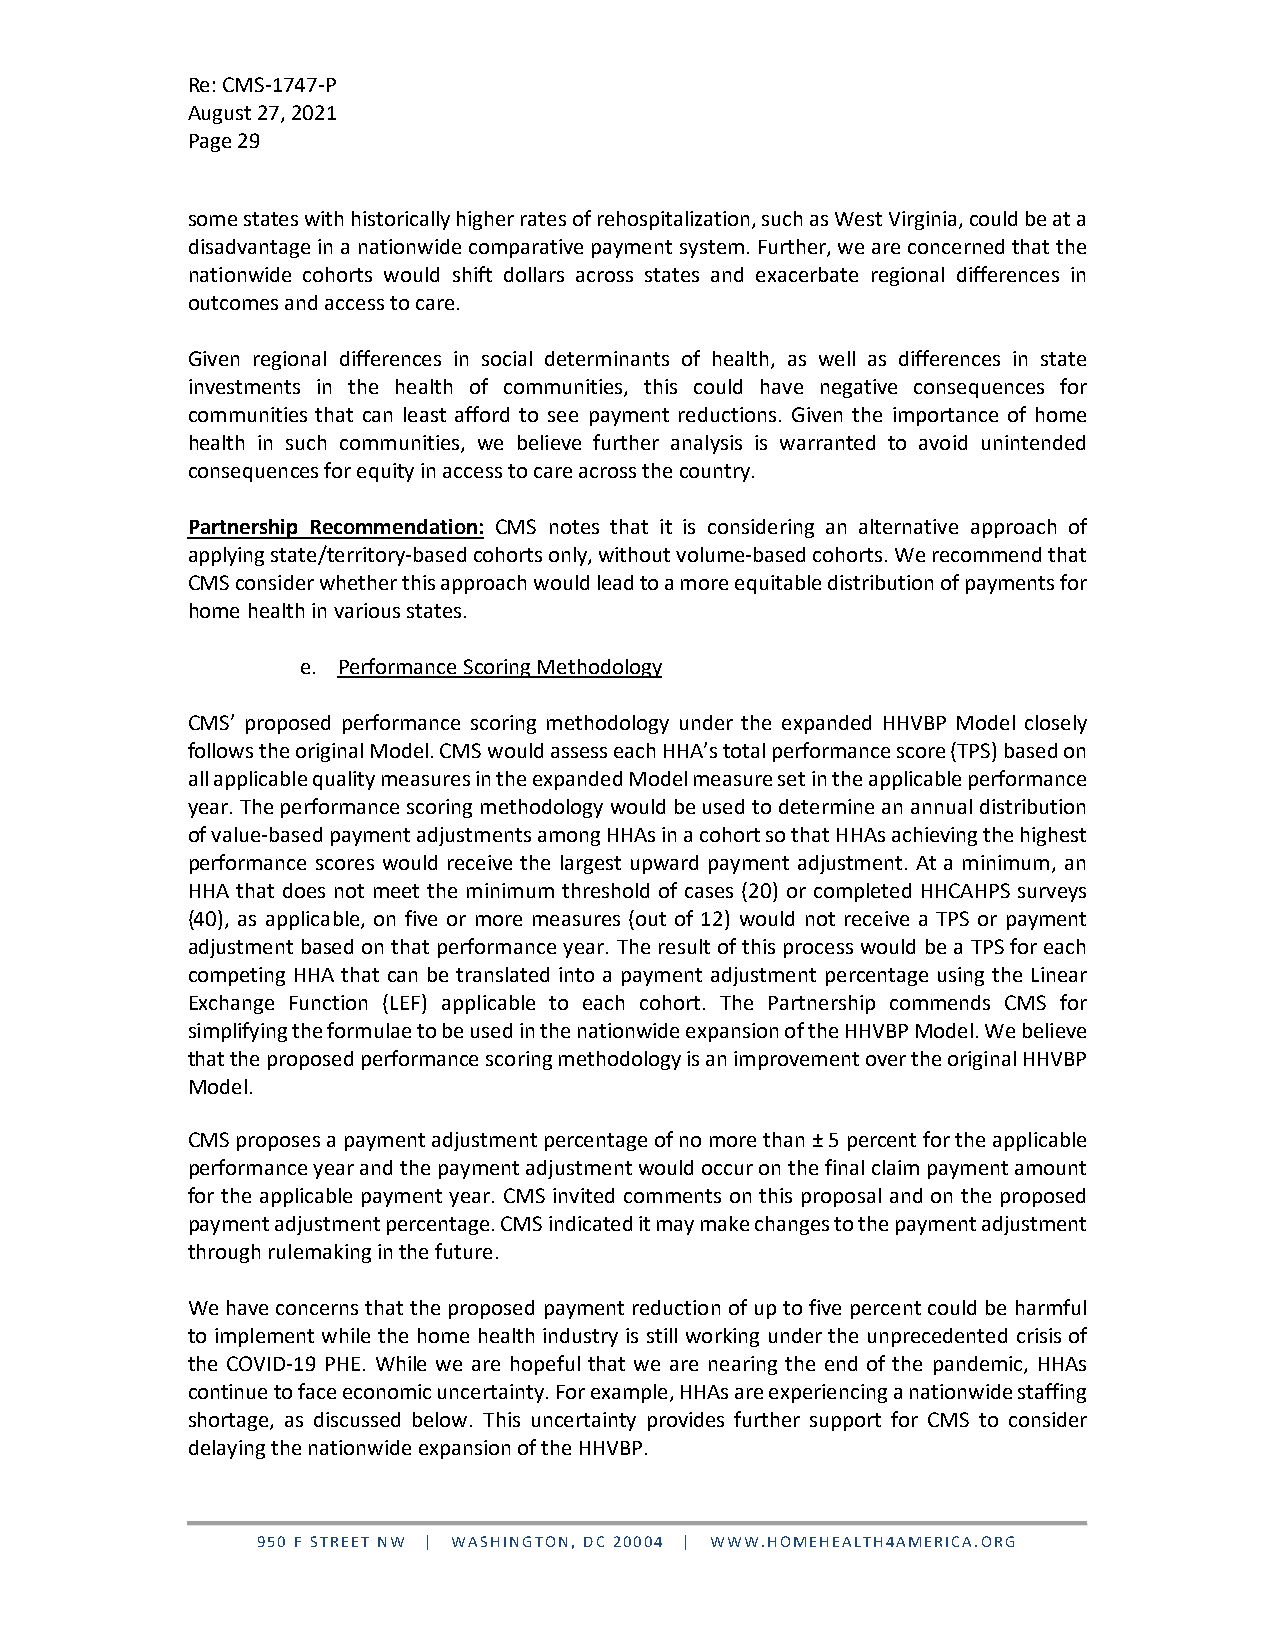
Re: CMS-1747-P
 August 27, 2021
 Page 29
 some states with historically higher rates of rehospitalization, such as West Virginia, could be at a
 disadvantage in a nationwide comparative payment system. Further, we are concerned that the
 nationwide cohorts would shift dollars across states and exacerbate regional differences in
 outcomes and access to care.
 Given regional differences in social determinants of health, as well as differences in state
 investments in the health of communities, this could have negative consequences for
 communities that can least afford to see payment reductions. Given the importance of home
 health in such communities, we believe further analysis is warranted to avoid unintended
 consequences for equity in access to care across the country.
 Partnership Recommendation: CMS notes that it is considering an alternative approach of
 applying state/territory-based cohorts only, without volume-based cohorts. We recommend that
 CMS consider whether this approach would lead to a more equitable distribution of payments for
 home health in various states.
 e. Performance Scoring Methodology
 CMS’ proposed performance scoring methodology under the expanded HHVBP Model closely
 follows the original Model. CMS would assess each HHA’s total performance score (TPS) based on
 all applicable quality measures in the expanded Model measure set in the applicable performance
 year. The performance scoring methodology would be used to determine an annual distribution
 of value-based payment adjustments among HHAs in a cohort so that HHAs achieving the highest
 performance scores would receive the largest upward payment adjustment. At a minimum, an
 HHA that does not meet the minimum threshold of cases (20) or completed HHCAHPS surveys
 (40), as applicable, on five or more measures (out of 12) would not receive a TPS or payment
 adjustment based on that performance year. The result of this process would be a TPS for each
 competing HHA that can be translated into a payment adjustment percentage using the Linear
 Exchange Function (LEF) applicable to each cohort. The Partnership commends CMS for
 simplifying the formulae to be used in the nationwide expansion of the HHVBP Model. We believe
 that the proposed performance scoring methodology is an improvement over the original HHVBP
 Model.
 CMS proposes a payment adjustment percentage of no more than ± 5 percent for the applicable
 performance year and the payment adjustment would occur on the final claim payment amount
 for the applicable payment year. CMS invited comments on this proposal and on the proposed
 payment adjustment percentage. CMS indicated it may make changes to the payment adjustment
 through rulemaking in the future.
 We have concerns that the proposed payment reduction of up to five percent could be harmful
 to implement while the home health industry is still working under the unprecedented crisis of
 the COVID-19 PHE. While we are hopeful that we are nearing the end of the pandemic, HHAs
 continue to face economic uncertainty. For example, HHAs are experiencing a nationwide staffing
 shortage, as discussed below. This uncertainty provides further support for CMS to consider
 delaying the nationwide expansion of the HHVBP.
 950 F STREET NW | WASHINGTON, DC 20004 | WWW.HOMEHEALTH4AMERICA.ORG